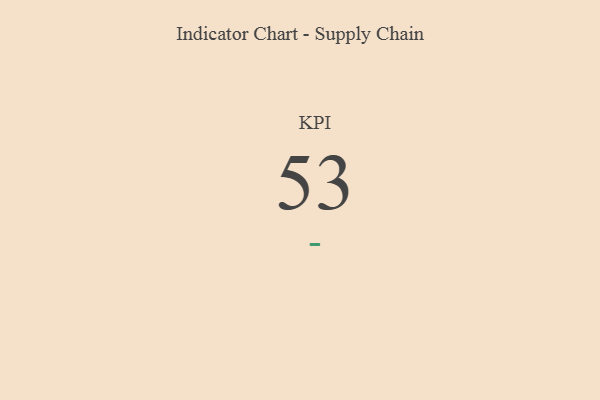
{"axis": {"x": "KPI", "y": "Value"}, "legend": [""], "data": [{"x": "KPI", "y": 53, "type": ""}]}